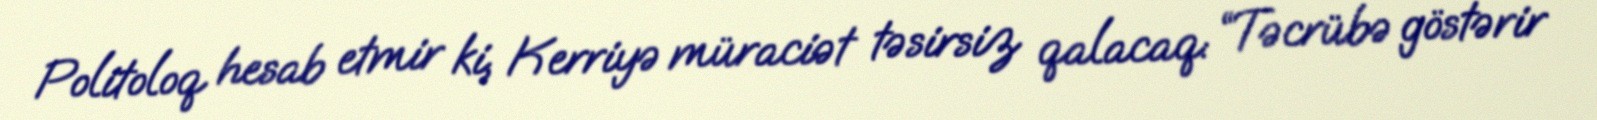
Politoloq hesab etmir ki, Kerriyə müraciət təsirsiz qalacaq: “Təcrübə göstərir